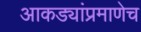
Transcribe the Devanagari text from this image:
आकड्यांप्रमाणेच